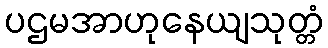
ပဌမအာဟုနေယျသုတ္တံ